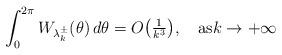
LaTeX: \begin{align*}\int_0^{2\pi}W_{\lambda_k^\pm}(\theta)\,d\theta=O \big(\tfrac1{k^3}\big),\quad\text{as}k\to+\infty\end{align*}